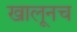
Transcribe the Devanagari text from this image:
खालूनच